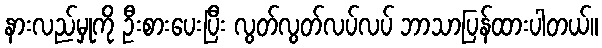
နားလည်မှုကို ဦးစားပေးပြီး လွတ်လွတ်လပ်လပ် ဘာသာပြန်ထားပါတယ်။